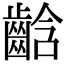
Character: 𪘒